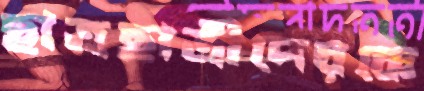
ছাত্রছাত্রীদেরকে